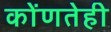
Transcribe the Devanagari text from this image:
कोंणतेही